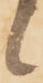
候